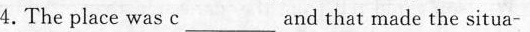
4.The place was c___ and that made the situa-